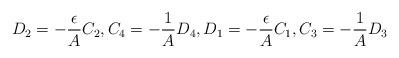
LaTeX: \begin{align*}D_2 = -\frac{\epsilon}{A} C_2, C_4 = -\frac{1}{A} D_4, D_1 = -\frac{\epsilon}{A} C_1, C_3 = -\frac{1}{A} D_3\end{align*}